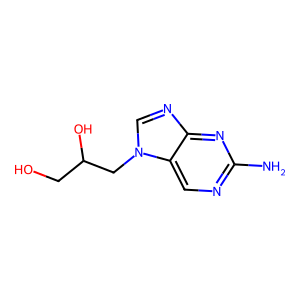
SMILES: Nc1ncc2c(ncn2CC(O)CO)n1
Inhibits HIV replication: No